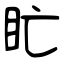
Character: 盳